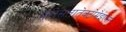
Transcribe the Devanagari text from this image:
परोसतातेक्टोमेइएस